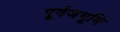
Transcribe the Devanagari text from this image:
पूर्वजभूमि